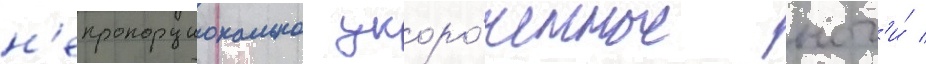
н'епропорционально укоро́ченные ног'и́ /